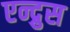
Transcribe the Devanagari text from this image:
एन्द्रुस